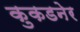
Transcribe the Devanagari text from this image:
कुकडनेर